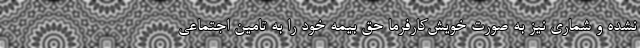
نشده و شماری نیز به صورت خویش‌کارفرما حق بیمه‌ خود را به تامین اجتماعی